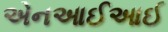
એનઆઈઆઈ